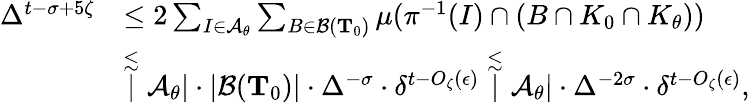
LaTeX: \begin{array}{rl}{\Delta^{t-\sigma+5\zeta}}&{\leq 2\sum_{I\in\mathcal{A}_{\theta}}\sum_{B\in\mathcal{B}(\mathbf{T}_{0})}\mu(\pi^{-1}(I)\cap(B\cap K_{0}\cap K_{\theta}))}\\ &{\stackrel{\lesssim}|\mathcal{A}_{\theta}|\cdot|\mathcal{B}(\mathbf{T}_{0})|\cdot\Delta^{-\sigma}\cdot\delta^{t-O_{\zeta}(\epsilon)}\stackrel{\lesssim}|\mathcal{A}_{\theta}|\cdot\Delta^{-2\sigma}\cdot\delta^{t-O_{\zeta}(\epsilon)},}\end{array}